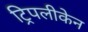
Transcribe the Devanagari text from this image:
ट्रिपलीकेन